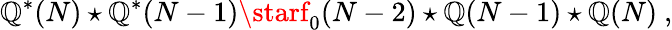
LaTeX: \mathbb{Q}^{*}(N)\star\mathbb{Q}^{*}(N-1)\starf_{0}(N-2)\star\mathbb{Q}(N-1)\star\mathbb{Q}(N)~,